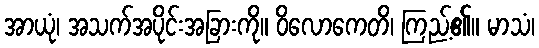
အာယုံ၊ အသက်အပိုင်းအခြားကို။ ဝိလောကေတိ၊ ကြည့်၏။ မာသံ၊